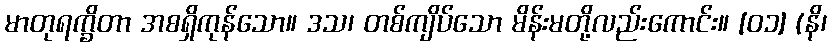
မာတုရက္ခိတာ အစရှိကုန်သော။ ဒသ၊ တစ်ကျိပ်သော မိန်းမတို့လည်းကောင်း။ [၀၁] (နိ၊